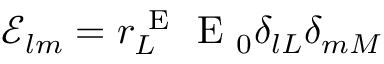
\mathcal { E } _ { l m } = r _ { L } ^ { \mathrm { ~ E ~ } } \mathrm { ~ E ~ } _ { 0 } \delta _ { l L } \delta _ { m M }